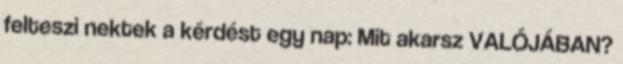
felteszi nektek a kérdést egy nap: Mit akarsz VALÓJÁBAN?